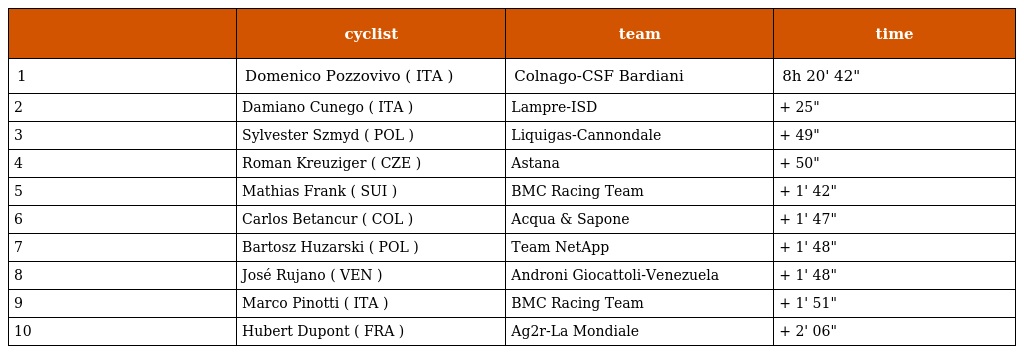
|  | cyclist | team | time |
 | --- | --- | --- | --- |
 | 1 | Domenico Pozzovivo ( ITA ) | Colnago-CSF Bardiani | 8h 20' 42" |
 | 2 | Damiano Cunego ( ITA ) | Lampre-ISD | + 25" |
 | 3 | Sylvester Szmyd ( POL ) | Liquigas-Cannondale | + 49" |
 | 4 | Roman Kreuziger ( CZE ) | Astana | + 50" |
 | 5 | Mathias Frank ( SUI ) | BMC Racing Team | + 1' 42" |
 | 6 | Carlos Betancur ( COL ) | Acqua & Sapone | + 1' 47" |
 | 7 | Bartosz Huzarski ( POL ) | Team NetApp | + 1' 48" |
 | 8 | José Rujano ( VEN ) | Androni Giocattoli-Venezuela | + 1' 48" |
 | 9 | Marco Pinotti ( ITA ) | BMC Racing Team | + 1' 51" |
 | 10 | Hubert Dupont ( FRA ) | Ag2r-La Mondiale | + 2' 06" |